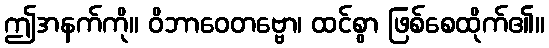
ဤအနက်ကို။ ဝိဘာဝေတဗ္ဗော၊ ထင်စွာ ဖြစ်စေထိုက်၏။